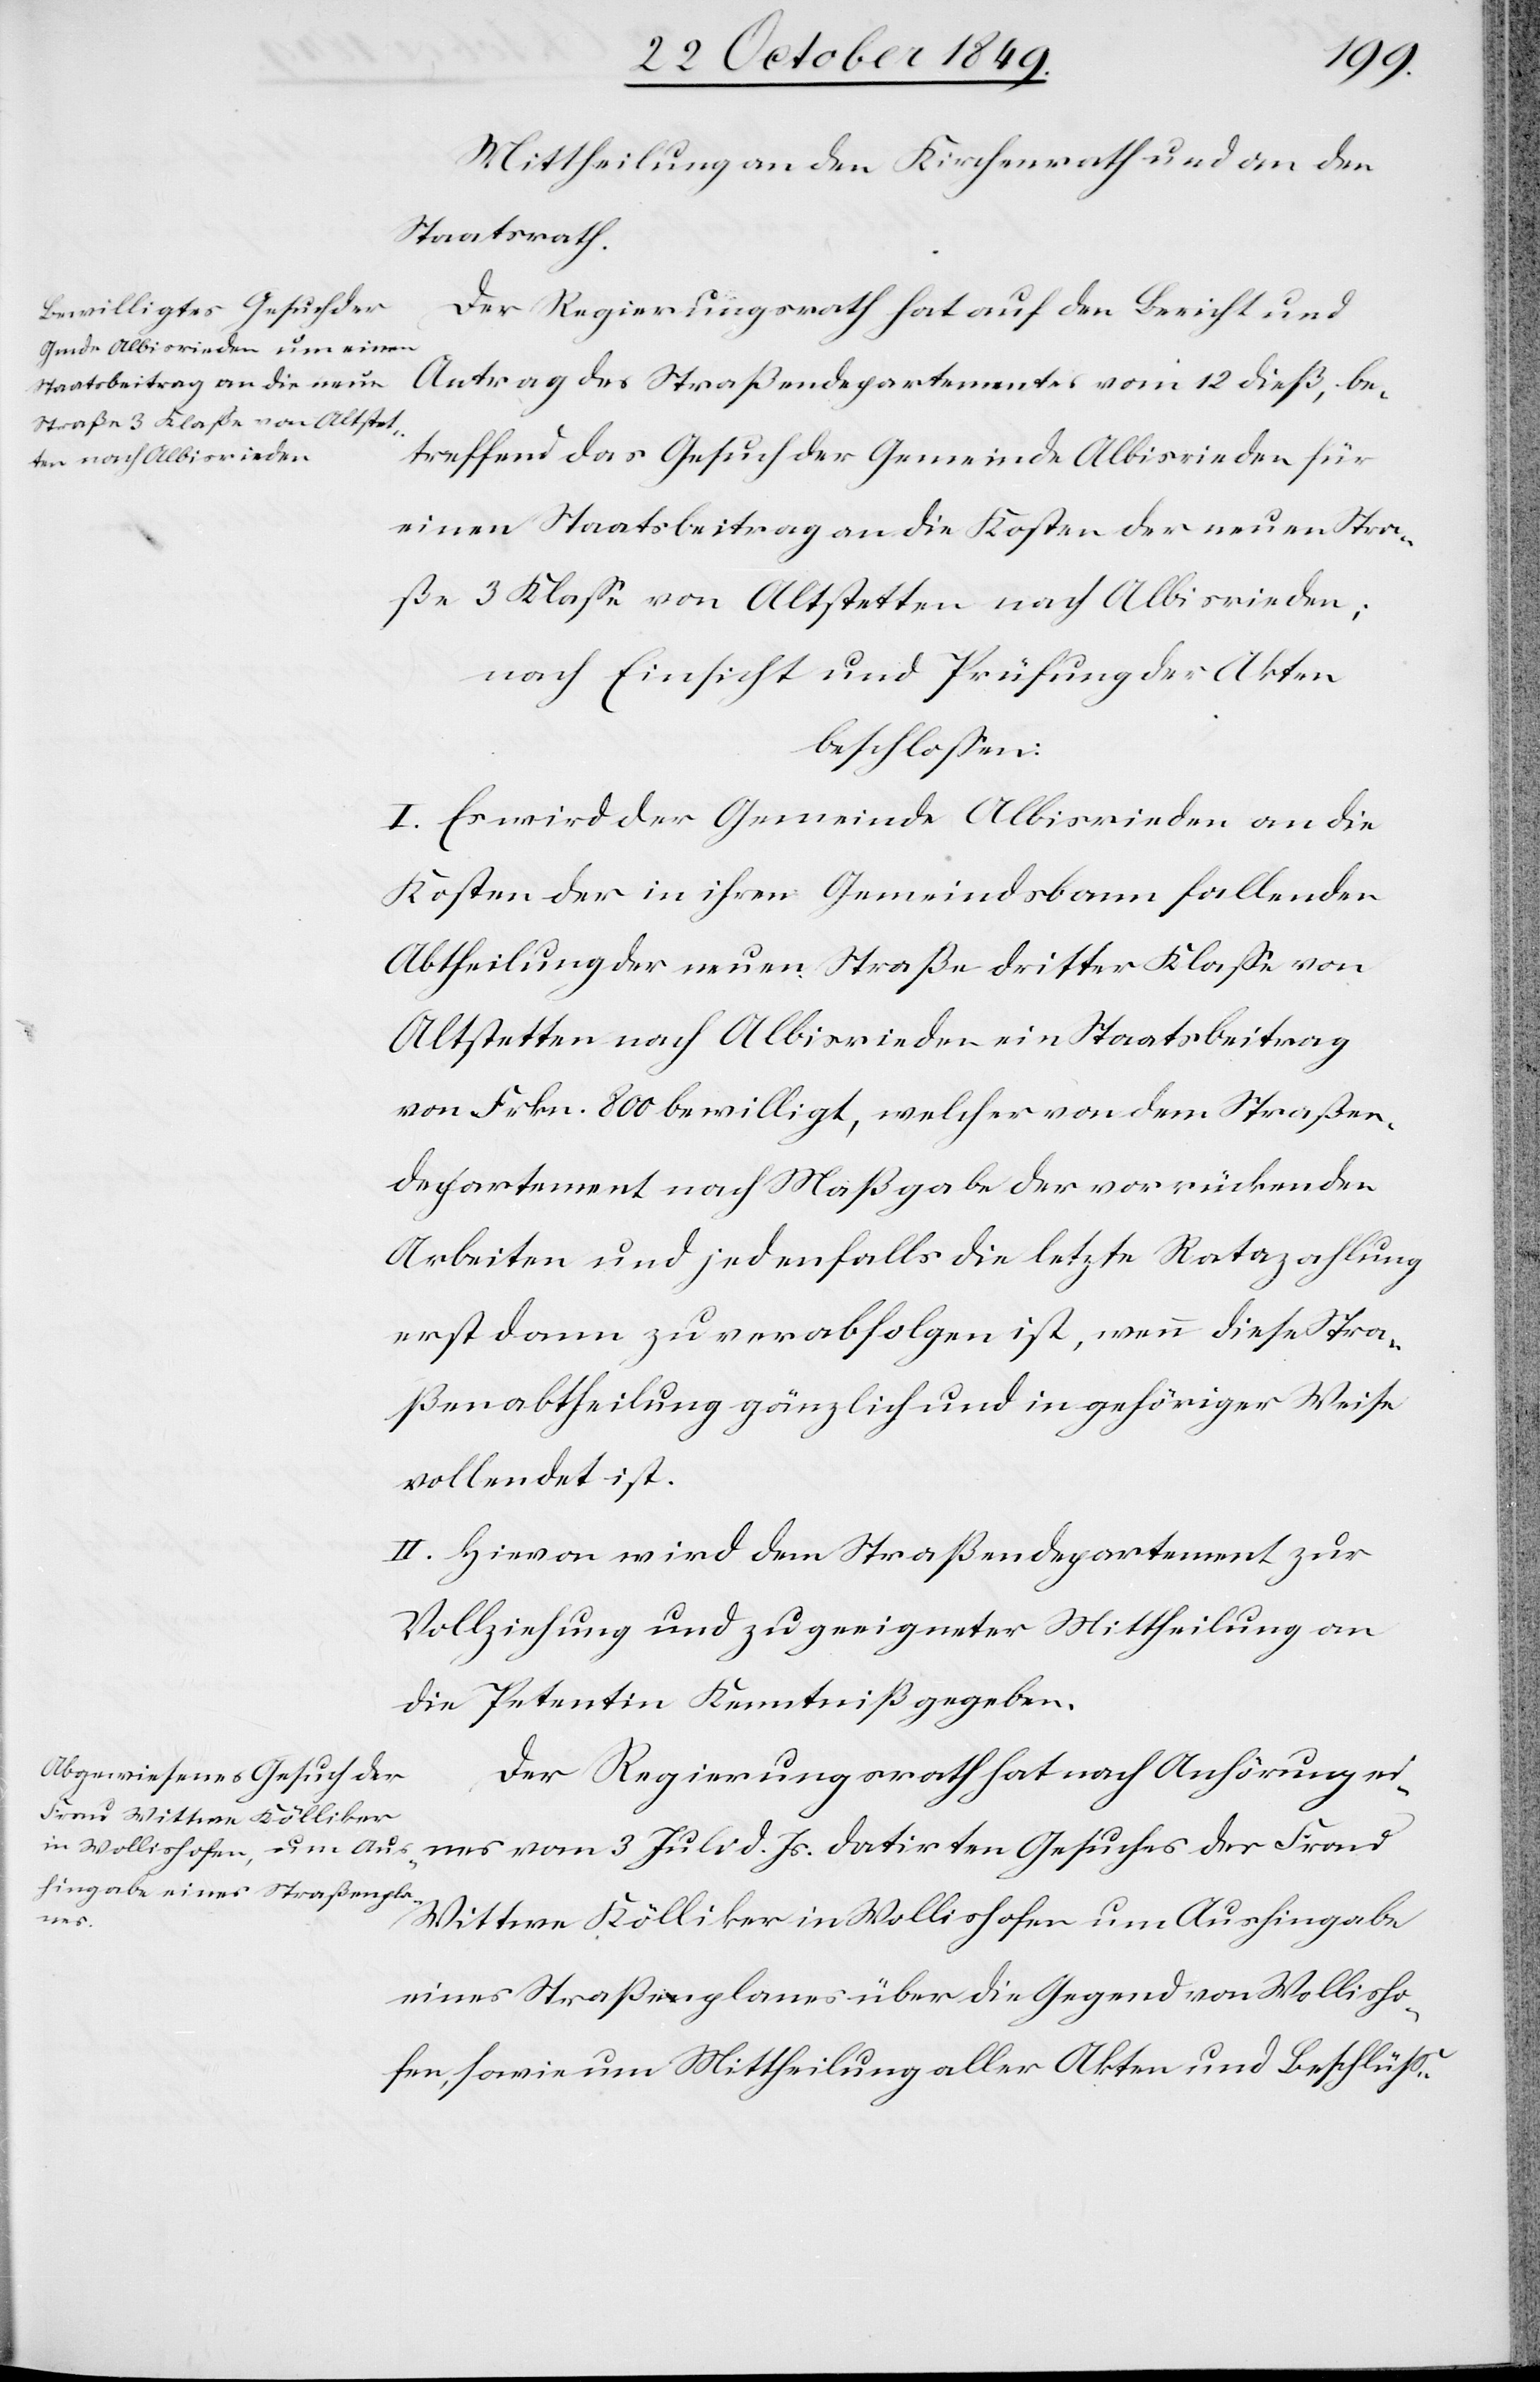
Mittheilung an den Kirchenrath und an den
Staatsrath.
Der Regierungsrath hat auf den Bericht und
Antrag des Straßendepartementes vom 12 dieß, be¬
treffend das Gesuch der Gemeinde Albisrieden für
einen Staatsbeitrag an die Kosten der neuen Stra¬
ße 3 Klaße von Altstetten nach Albisrieden;
nach Einsicht und Prüfung der Akten
beschloßen:
I. Es wird der Gemeinde Albisrieden an die
Kosten der in ihrem Gemeindsbann fallenden
Abtheilung der neuen Straße dritter Klaße von
Altstetten nach Albisrieden ein Staatsbeitrag
von Frkn. 800 bewiligt, welcher von dem Straßen¬
departement nach Maßgabe der vorrückenden
Arbeiten und jedenfalls die letzte Ratazahlung
erst dann zu verabfolgen ist, wenn diese Stra¬
ßenabtheilung gänzlich und in gehöriger Weise
vollendet ist.
II. Hievon wird dem Straßendepartement zur
Vollziehung und zu geeigneter Mittheilung an
die Petentin Kenntniß gegeben.
Der Regierungsrath hat nach Anhörung ei¬
nes vom 3 Juli d. Js. datirten Gesuches der Frau
Wittwe Kölliker in Wollishofen um Aushingabe
eines Straßenplanes über die Gegend von Wollisho¬
fen, sowie um Mittheilung aller Akten und Beschlüße